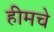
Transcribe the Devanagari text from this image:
हीमचे